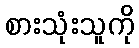
စားသုံးသူကို